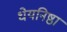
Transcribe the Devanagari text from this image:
धेयनिष्ठा